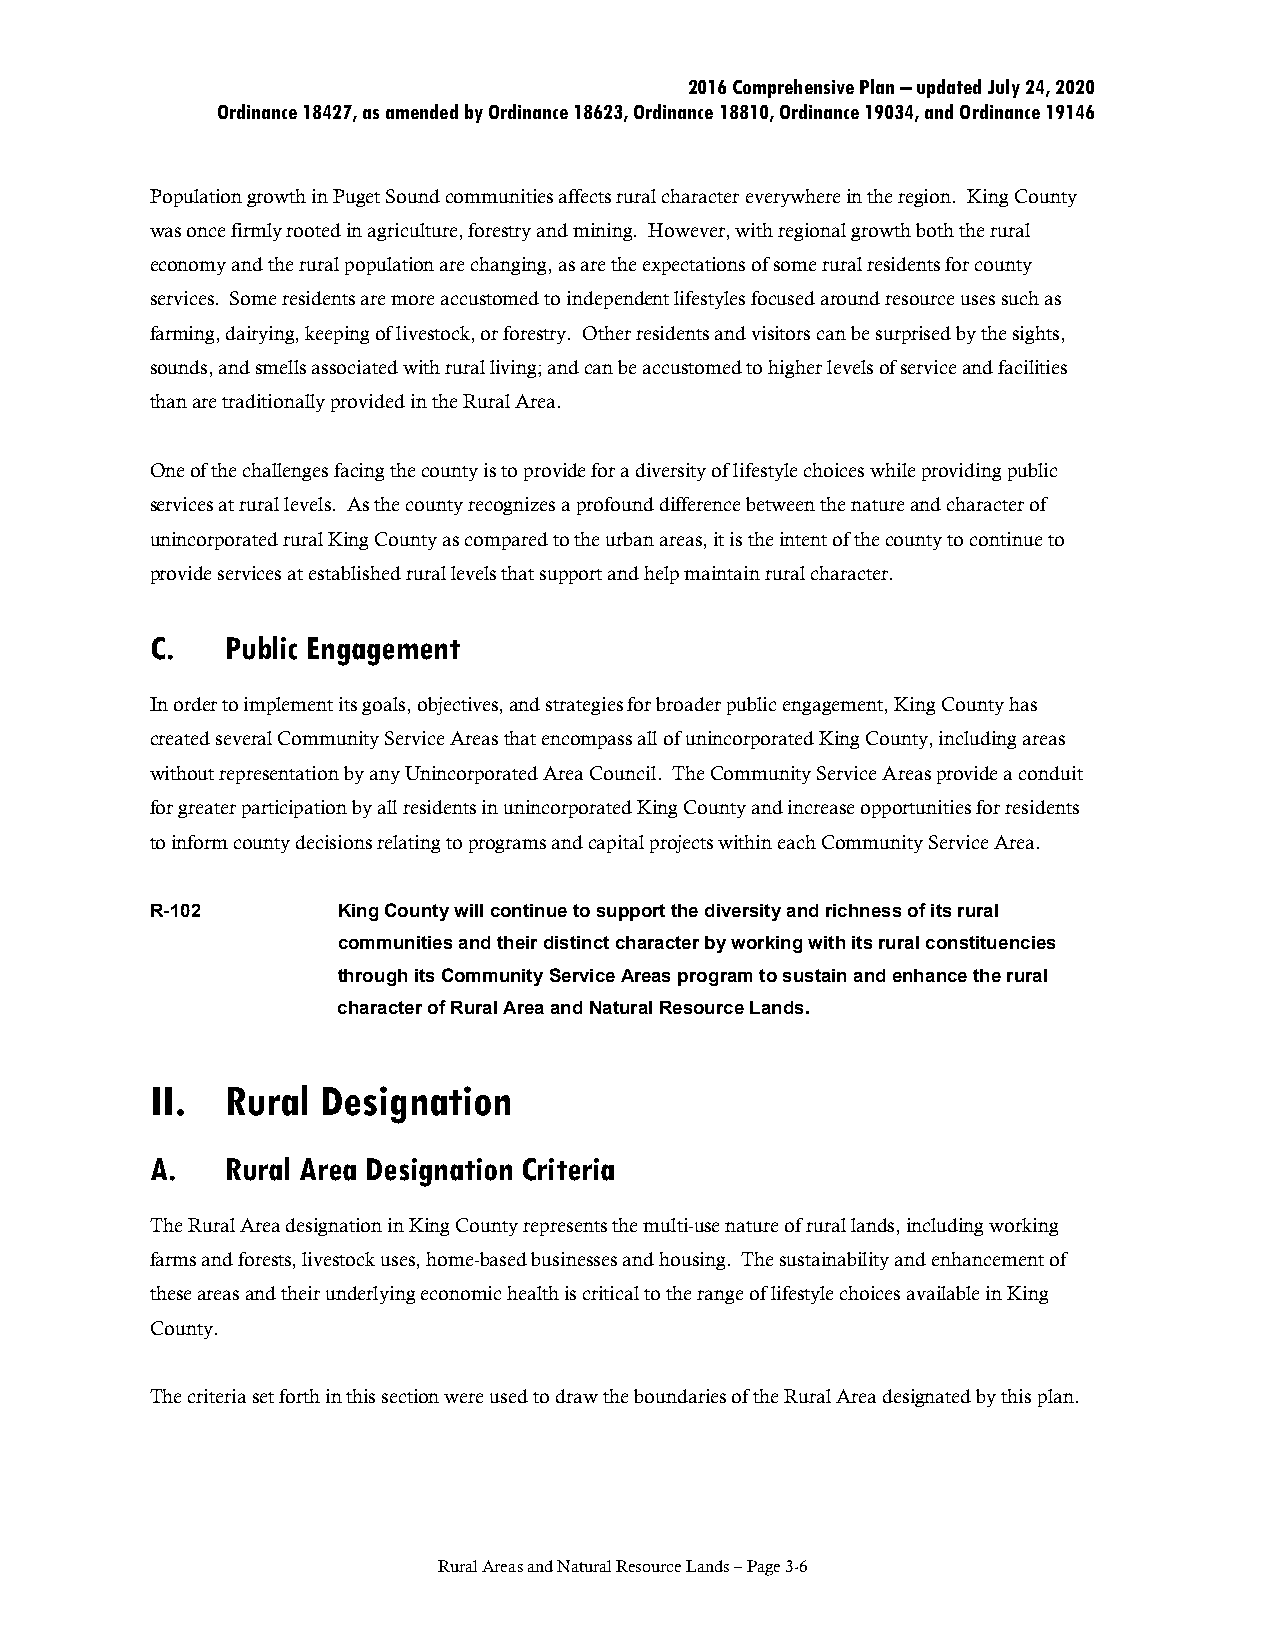
2016 Comprehensive Plan – updated July 24, 2020
 Ordinance 18427, as amended by Ordinance 18623, Ordinance 18810, Ordinance 19034, and Ordinance 19146
 Population growth in Puget Sound communities affects rural character everywhere in the region. King County
 was once firmly rooted in agriculture, forestry and mining. However, with regional growth both the rural
 economy and the rural population are changing, as are the expectations of some rural residents for county
 services. Some residents are more accustomed to independent lifestyles focused around resource uses such as
 farming, dairying, keeping of livestock, or forestry. Other residents and visitors can be surprised by the sights,
 sounds, and smells associated with rural living; and can be accustomed to higher levels of service and facilities
 than are traditionally provided in the Rural Area.
 One of the challenges facing the county is to provide for a diversity of lifestyle choices while providing public
 services at rural levels. As the county recognizes a profound difference between the nature and character of
 unincorporated rural King County as compared to the urban areas, it is the intent of the county to continue to
 provide services at established rural levels that support and help maintain rural character.
 C.   Public Engagement
 In order to implement its goals, objectives, and strategies for broader public engagement, King County has
 created several Community Service Areas that encompass all of unincorporated King County, including areas
 without representation by any Unincorporated Area Council. The Community Service Areas provide a conduit
 for greater participation by all residents in unincorporated King County and increase opportunities for residents
 to inform county decisions relating to programs and capital projects within each Community Service Area.
 R-102       King County will continue to support the diversity and richness of its rural
 communities and their distinct character by working with its rural constituencies
 through its Community Service Areas program to sustain and enhance the rural
 character of Rural Area and Natural Resource Lands.
 II.  Rural Designation
 A.   Rural Area Designation Criteria
 The Rural Area designation in King County represents the multi-use nature of rural lands, including working
 farms and forests, livestock uses, home-based businesses and housing. The sustainability and enhancement of
 these areas and their underlying economic health is critical to the range of lifestyle choices available in King
 County.
 The criteria set forth in this section were used to draw the boundaries of the Rural Area designated by this plan.
 Rural Areas and Natural Resource Lands – Page 3-6